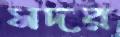
সদর